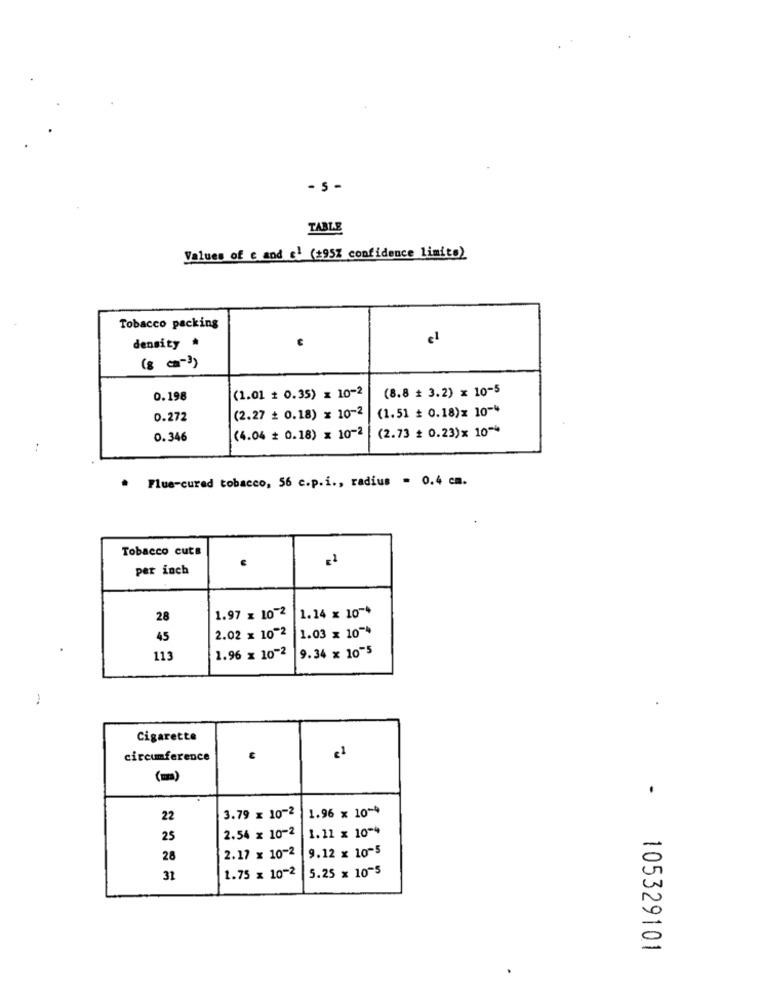
- 5 -
TABLE
Values of E and c' (#95% confidence limito)
Tobacco packing
density
el
(8 ca-3)
(8.8 + 3.2) x 10-5
0.198
(1.01 + 0.35) × 10-2
(1.51 + 0.18)x 10-4
0.272
(2.27 + 0.18) x 10-2
(2.73 £ 0.23)× 10 -*
0.346
(4.04 + 0.18) x 10-2
Flue-cured tobacco, 56 c.p.i ., radius - 0.4 cm.
.
Tobacco cuts
per inch
28
1.97 x 10-2
1.14 x 10 ~*
45
2.02 x 10-2 1.03 x 10-4
1.96 x 10-2
9.34 x 10-5
113
Cigarette
circumference
21
(m)
22
3.79 x 10-2
1.96 x 10-4
1.11 x 10-4
25
2.54 x 10-2
2.17 x 10-2
9.12 x 10-5
28
5.25 x 10-5
31
1.75 x 10-2
105329101